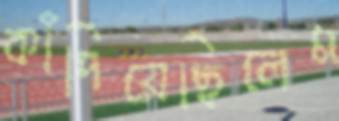
কাঁদিয়েছিলেম